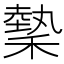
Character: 𬓺